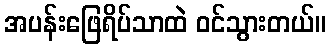
အပန်းဖြေရိပ်သာထဲ ဝင်သွားတယ်။